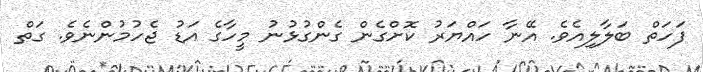
ފަހަތް ބަލާލިއެވެ. އޭނާ ހައްޔަރު ކޮށްގެން ގެންގުޅުނު މީހާގެ އަޑު ޖެހުމުންނެވެ. ގަތް